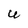
Character: U